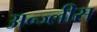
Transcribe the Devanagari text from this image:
अन्ज्लीस